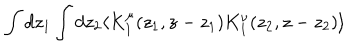
\int d z _ { 1 } \int d z _ { 2 } \langle K _ { 1 } ^ { \mu } ( z _ { 1 } , z - z _ { 1 } ) K _ { 1 } ^ { \nu } ( z _ { 2 } , z - z _ { 2 } ) \rangle